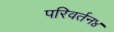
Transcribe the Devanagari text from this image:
परिवर्तन४